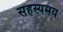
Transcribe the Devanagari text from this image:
सहस्यमय